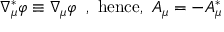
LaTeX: \nabla _ { \mu } ^ { \ast } \varphi \equiv \nabla _ { \mu } \varphi \, \, \, , \, \, \mathrm { h e n c e , } \, \, \, A _ { \mu } = - A _ { \mu } ^ { \ast }